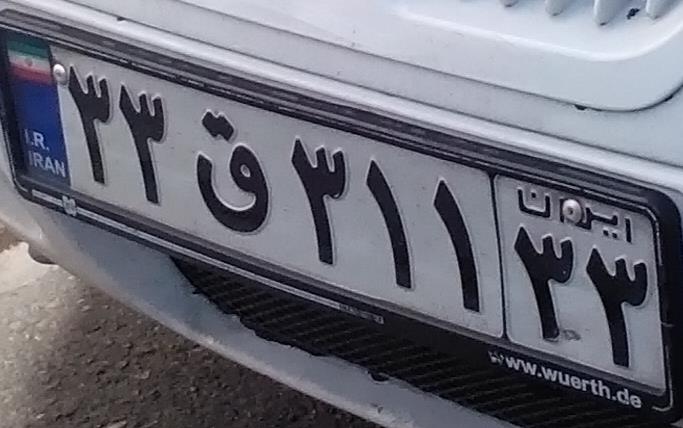
۳۳ق۳۱۱۳۳